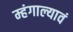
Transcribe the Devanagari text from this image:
म्हंगाल्यावं